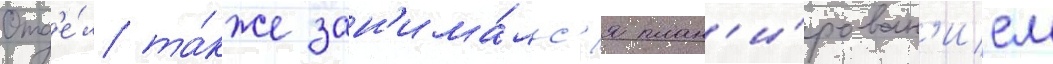
Отд'е́л та́кже зан'има́лс'я план'и́рован'ием